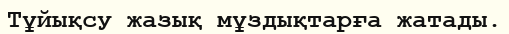
Тұйықсу жазық мұздықтарға жатады.